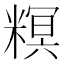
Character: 𥻩